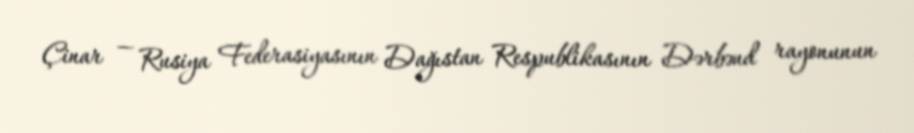
Çinar — Rusiya Federasiyasının Dağıstan Respublikasının Dərbənd rayonunun